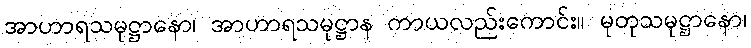
အာဟာရသမုဋ္ဌာနော၊ အာဟာရသမုဋ္ဌာန ကာယလည်းကောင်း။ မုတုသမုဋ္ဌာနော၊